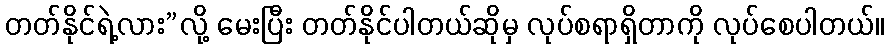
တတ်နိုင်ရဲ့လား”လို့ မေးပြီး တတ်နိုင်ပါတယ်ဆိုမှ လုပ်စရာရှိတာကို လုပ်စေပါတယ်။